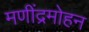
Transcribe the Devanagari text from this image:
मणींद्रमोहन